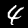
Digit: 4